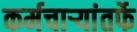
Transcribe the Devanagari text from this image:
कर्मचाऱ्यांतर्फे